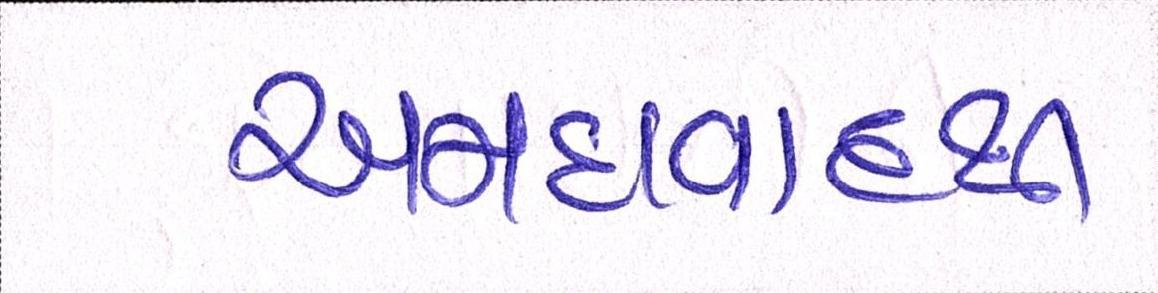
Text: અમદાવાદથી